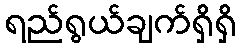
ရည်ရွယ်ချက်ရှိရှိ